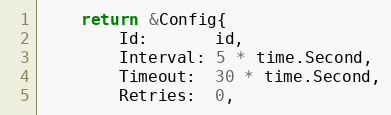
Language: Go
	return &Config{
		Id:       id,
		Interval: 5 * time.Second,
		Timeout:  30 * time.Second,
		Retries:  0,